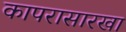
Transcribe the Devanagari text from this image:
कापरासारखा